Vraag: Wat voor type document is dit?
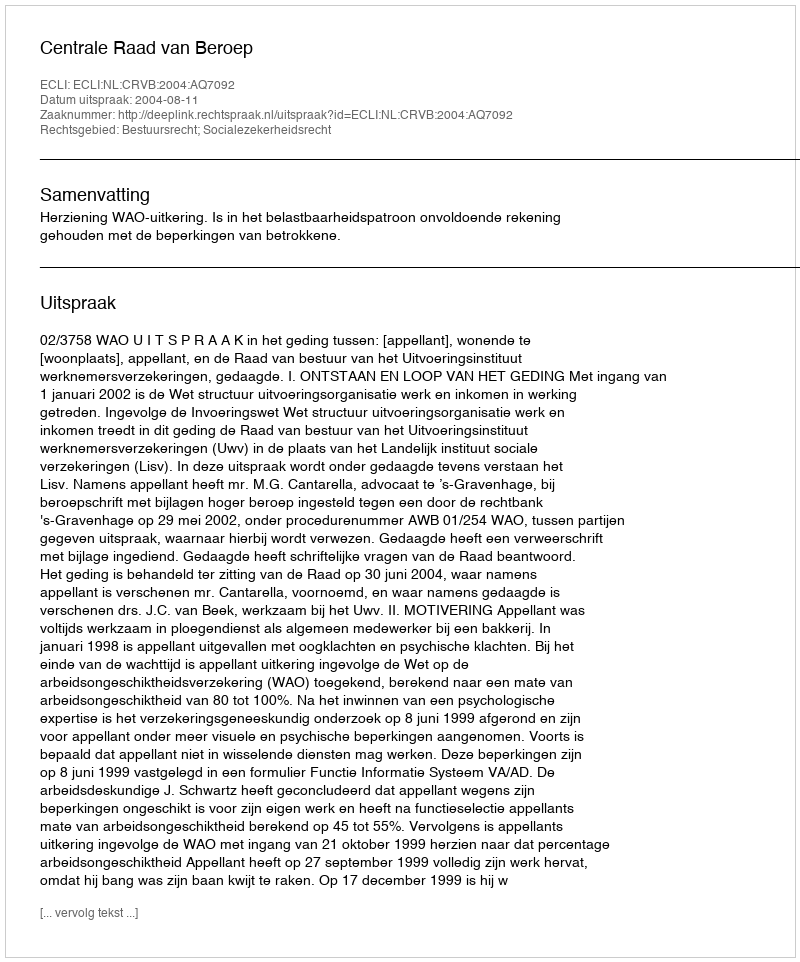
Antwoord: Uitspraak